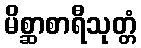
မိစ္ဆာစာရီသုတ္တံ